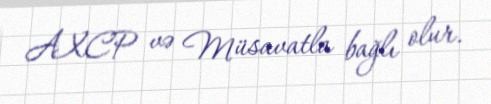
AXCP və Müsavatla bağlı olur.